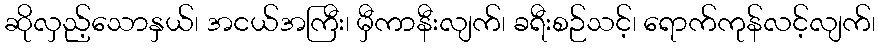
ဆိုလှည့်သောနှယ်၊ အငယ်အကြီး၊ မှီကာနီးလျက်၊ ခရီးစဉ်သင့်၊ ရောက်ကုန်လင့်လျက်၊